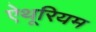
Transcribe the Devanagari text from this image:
ऐथूरियम